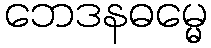
ဘေဒနဓမ္မေ